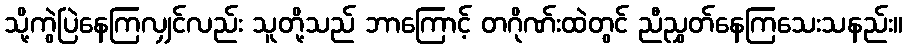
သို့ကွဲပြဲနေကြလျှင်လည်း သူတို့သည် ဘာကြောင့် တဂိုဏ်းထဲတွင် ညီညွှတ်နေကြသေးသနည်း။